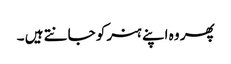
پھر وہ اپنے ہنر کو جانتے ہیں ۔